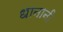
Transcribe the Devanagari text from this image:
धानानी